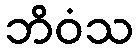
ဘိဝံသ